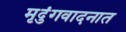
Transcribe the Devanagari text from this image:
मृदुंगवादनात